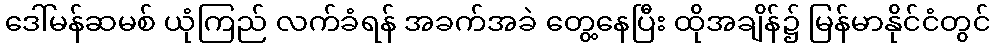
ဒေါ်မန်ဆမစ် ယုံကြည် လက်ခံရန် အခက်အခဲ တွေ့နေပြီး ထိုအချိန်၌ မြန်မာနိုင်ငံတွင်